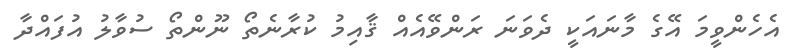
އެހެންވީމަ އޭގެ މާނައަކީ ދެވަނަ ރަންވޭއެއް ޤާއިމު ކުރާނެތޯ ނޫންތޯ ސުވާލު އުފައްދާ